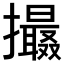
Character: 𢸶